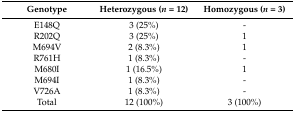
| Genotype | Heterozygous (n = 12) | Homozygous (n = 3) |
 | --- | --- | --- |
 | E148Q | 3 (25%) | - |
 | R202Q | 3 (25%) | 1 |
 | M694V | 2 (8.3%) | 1 |
 | R761H | 1 (8.3%) | - |
 | M680I | 1 (16.5%) | 1 |
 | M694I | 1 (8.3%) | - |
 | V726A | 1 (8.3%) | - |
 | Total | 12 (100%) | 3 (100%) |